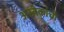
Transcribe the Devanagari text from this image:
अस्तेकांची